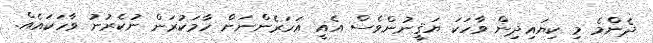
ދެންމެ މި ކިޔައިދިން ވާހަކަ ޔަޤީނުންވެސް އެއީ އަހަރެންނަށް ހާމަކުރަން ނުކެރުނު ވާހަކައެއް.